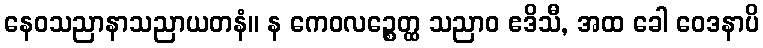
နေဝသညာနာသညာယတနံ။ န ကေဝလဉ္စေတ္ထ သညာဝ ဧဒိသီ, အထ ခေါ ဝေဒနာပိ